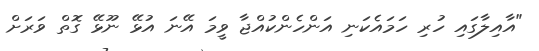
"އާއިލާގައި ހުރި ހަމައެކަނި އަންހެންކުއްޖާ ވީމަ އޭނަ އުޅޭ ނޫޅޭ ގޮތް ވަރަށް